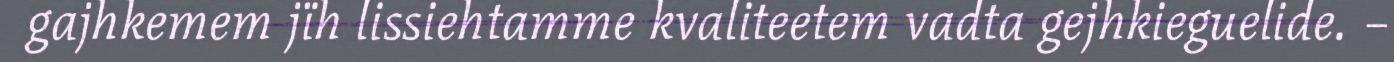
gajhkemem jïh lissiehtamme kvaliteetem vadta gejhkieguelide. –